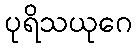
ပုရိသယုဂေ